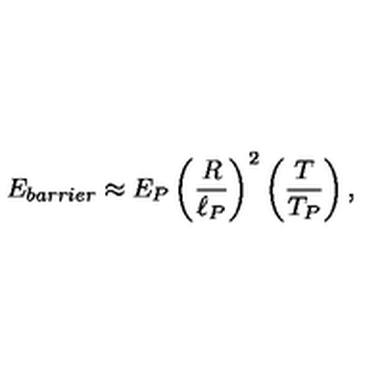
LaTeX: E _ { b a r r i e r } \approx E _ { P } \left( { \frac { R } { \ell _ { P } } } \right) ^ { 2 } \left( { \frac { T } { T _ { P } } } \right) ,